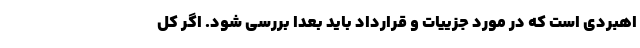
اهبردی است که در مورد جزییات و قرارداد باید بعدا بررسی شود. اگر کل